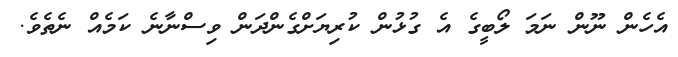
އެހެން ނޫން ނަމަ ލޯބީގެ އެ ގުޅުން ކުރިޔަށްގެންދަން ވިސްނާނެ ކަމެއް ނެތެވެ.